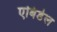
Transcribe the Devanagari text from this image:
एबिडेल